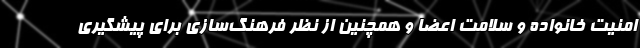
امنیت خانواده و سلامت اعضا و همچنین از نظر فرهنگ‌سازی برای پیشگیری